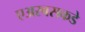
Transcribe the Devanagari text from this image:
एअरबसकडे